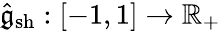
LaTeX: \hat{\mathfrak{g}}_{\mathrm{sh}}:[-1,1]\to\mathbb{R}_{+}